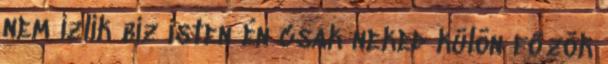
nem ízlik bíz isten én csak neked külön főzök